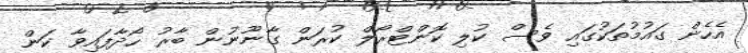
އެހެން ގައުމުތަކުގައި ވެސް ކުލި ކޮންޓްރޯލް ކުރަން ގާނޫނުން ބާރު ހޯދާފައިވާ ކަން